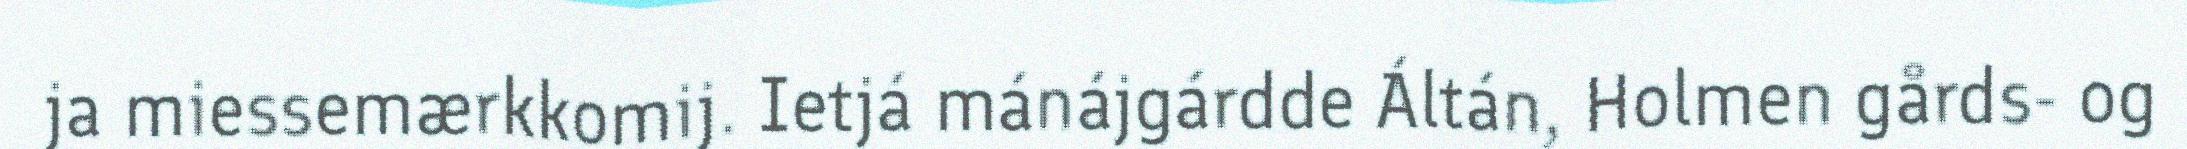
ja miessemærkkomij. Ietjá mánájgárdde Áltán, Holmen gårds- og